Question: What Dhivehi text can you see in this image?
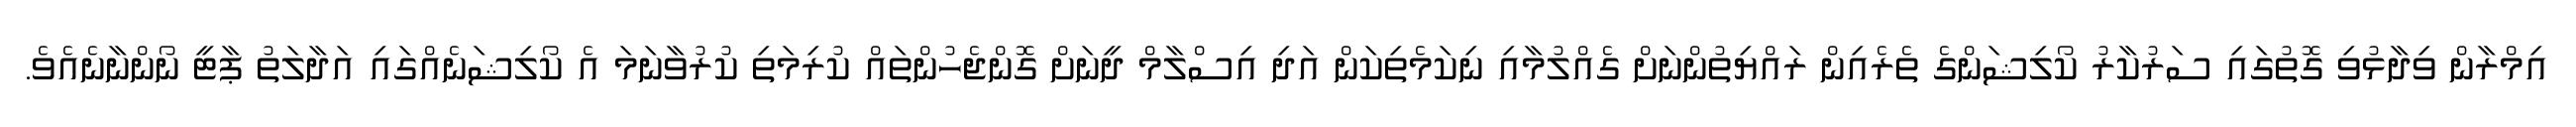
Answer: އިމްރާން ވިދާޅުވި ގޮތުގައި ސަރުކާރު ކޯލިޝަންގެ ތެރެއިން ރައްޔިތުންނަށް ގެއްލުމާއި ނިކަމެތިކަން އަދި އިސްލާމް ދީނަށް ގޮންޖެހުންތައް ކުރިމަތި ކުރުވާނަމަ އެ ކޯލިޝަނެއްގައި އަދާލަތު ޕާޓީ ނޯންނާނެއެވެ.